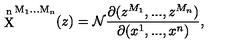
\mathrm { \stackrel { n } { X } ^ { M _ 1 . . . M _ n } } ( z ) = { \cal N } \frac { \partial ( z ^ { M _ { 1 } } , . . . , z ^ { M _ { n } } ) } { \partial ( x ^ { 1 } , . . . , x ^ { n } ) } ,